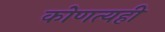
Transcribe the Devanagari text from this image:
कोणत्यही